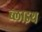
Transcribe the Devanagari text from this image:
ब्लाइथ